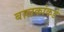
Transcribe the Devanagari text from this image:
बालकांकडे